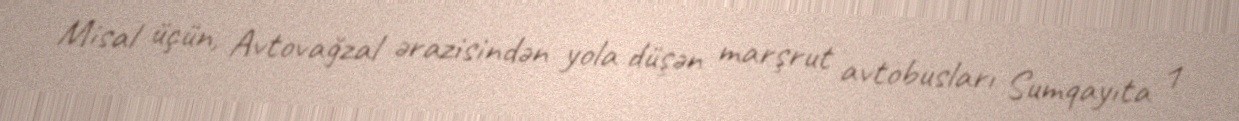
Misal üçün, Avtovağzal ərazisindən yola düşən marşrut avtobusları Sumqayıta 1